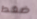
ضغط